Medical and sanitary report of the native army of Bengal for the year
Year: 1876
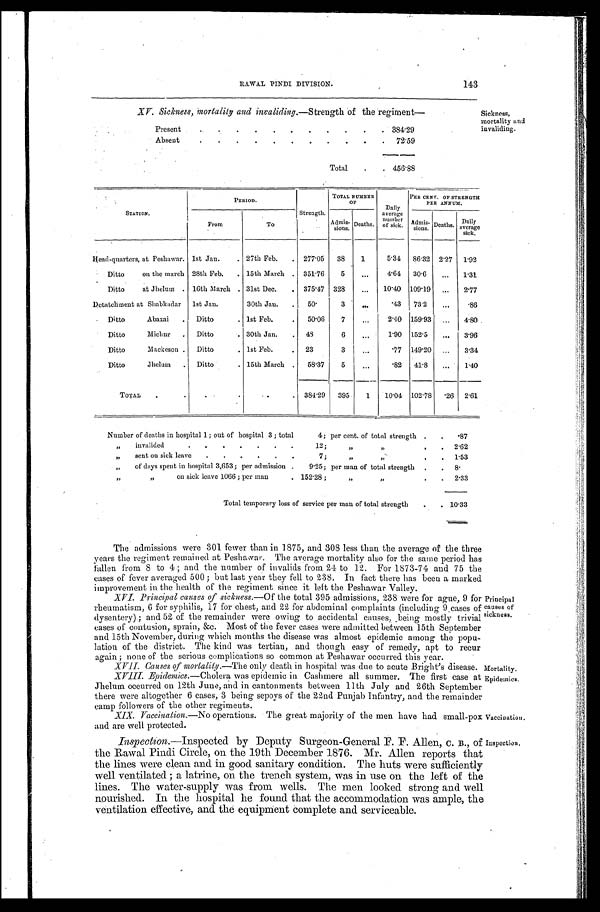
RAWAL PINDI DIVISION.
Vaccination.
Inspection.
143
XV. Si ckness, mort al i t y and i nval i di ng. — S t r e n g t h o f t h e r e g i m e n t –
Sickness,
mortality and
invaliding.
Present
384.29
Absent
72. 59
Total
456.88
STATION.
PERIOD.
Strength.
TOTAL NUMBER
OF
Daily
average
number
o f s i c k .
PER CENT. OF STRENGTH
PER ANNUM.
From
To
Admis-
sions. Deaths.
Admis-
sions. Deaths. Daily
average
s i c k .
Head-quarters, at Peshawar 1st Jan.
27th Feb.
277.05 38 1
5.34 86.32 2.27 1 . 9 2
Ditto on the march 28th Feb.
15th March
351.76 5
4. 64
30.6
1.31
Ditto at Jhelum
16th March 31st Dec.
375. 47
328
10. 40
109.19
2 . 7 7
Detatchment at Shabkadar 1st Jan.
30th Jan.
50
3
.43 73.2
.86
Ditto Abazai
Ditto
1st Feb.
50.06 7
2 . 4 0
159.93
4.80
Ditto Michnr
Ditto
30th Jan.
48
6
1.90 152.5
3 . 9 6
Ditto Mackeson
Ditto
1st Feb.
23
3
.77 149.20
3.34
Ditto Jhelum
Ditto
15th March
58. 37
5
.82 41.8
1 . 4 0
TOTAL
384.29 395
1 10. 04
102.78 .26 2.61
Number of deaths in hospital 1; out of hospital 3; total
4; per cent. of total strength
.87
„ invalided
„ s e n t o n s i c k l e a v e
12;
7;
„
,,
„
,,
2.62
1.53
„ of days spent in hospital 3,653; per admission
9.25; per man of total strength
8
„ on sick leave 1066; per man
152.28;
„ „
2.33
Total temporary loss of service per man of total strength
10.33
The admissions were 301 fewer than in 1875, and 308 less than the average of the three
years the regiment remained at Peshawar. The average mortality also for the same period has
fallen from 8 to 4; and the number of invalids from 24 to 12. For 1873-74 and 75 the
cases of fever averaged 500; but last year they fell to 238. In fact there has been a marked
improvement in the health of the regiment since it left the Peshawar Valley.
XVI. Principal causes of sickness. —Of the total 395 admissions, 238 were for ague, 9 for
rheumatism, 6 for Syphilis, 17 for chest, and 22 for abdominal complaints (including 9 cases of
dysentery); and 52 of the remainder were owing to accidental causes, being mostly trivial
cases of contusion, sprain, &c. Most of the fever cases were admitted between 15th September
and 15th November, during which months the disease was almost epidemic among the popu
- l a t i o n o f t h e d i s t r i c t . T h e k i n d w a s t e r t i a n , a n d t h o u g h e a s y o f r e m e d y , a p t t o r e c u r
again; none of the serious complications so common at Peshawar occurred this year.
XVII. Causes of mortality. —The only death in hospital was due to acute Bright's disease.
XVIII. Epidemics. —Cholera was epidemic in Cashmere all summer. The first case at
Jhelum occurred on 12th June, and in cantonments between 11th July and 26th September
there were altogether 6 cases, 3 being sepoys of the 22nd Punjab Infantry, and the remainder
camp followers of the other regiments.
XIX. Vaccination. —No operations. The great majority of the men have had small-pox
and are well protected.
Inspection.—Inspected by Deputy Surgeon-General F. F. Allen, C. B., of
the Rawal Pindi Circle, on the 19th December 1876. Mr. Allen reports that
the lines were clean and in good sanitary condition. The huts were sufficiently
we l l ve nt i l a t e d; a l a t r i ne , on t he t r e n c h s y s t e m, wa s i n u s e o n t h e l e f t o f t h e
lines. The water-supply was from wells. The men looked strong and well
nourished. In the hospital he found that the accommodation was ample, the
ventilation effective, and the equipment complete and serviceable.
Principal
causes of
sickness.
Mortality.
Epidemics.